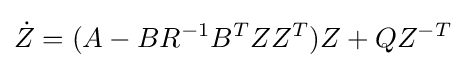
{\dot {Z}}=(A-BR^{-1}B^{T}ZZ^{T})Z+QZ^{-T}